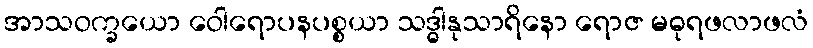
အာသဝက္ခယော ဝေါရောပနပစ္စယာ သဒ္ဓါနုသာရိနော ရောဇ မဓုရဖလာဖလံ